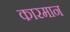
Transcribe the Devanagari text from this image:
कारमान